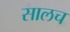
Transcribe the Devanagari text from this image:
सालच